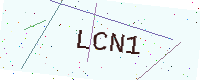
Text: LCN1